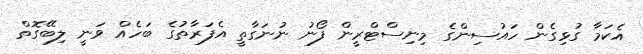
އެކަމާ ގުޅިގެން ހައުސިންގެ މިނިސްޓްރީން ފޯނު ނުނަގާތީ އެފަރާތުގެ ބަހެއް ވަނީ ލިބޭގޮތް